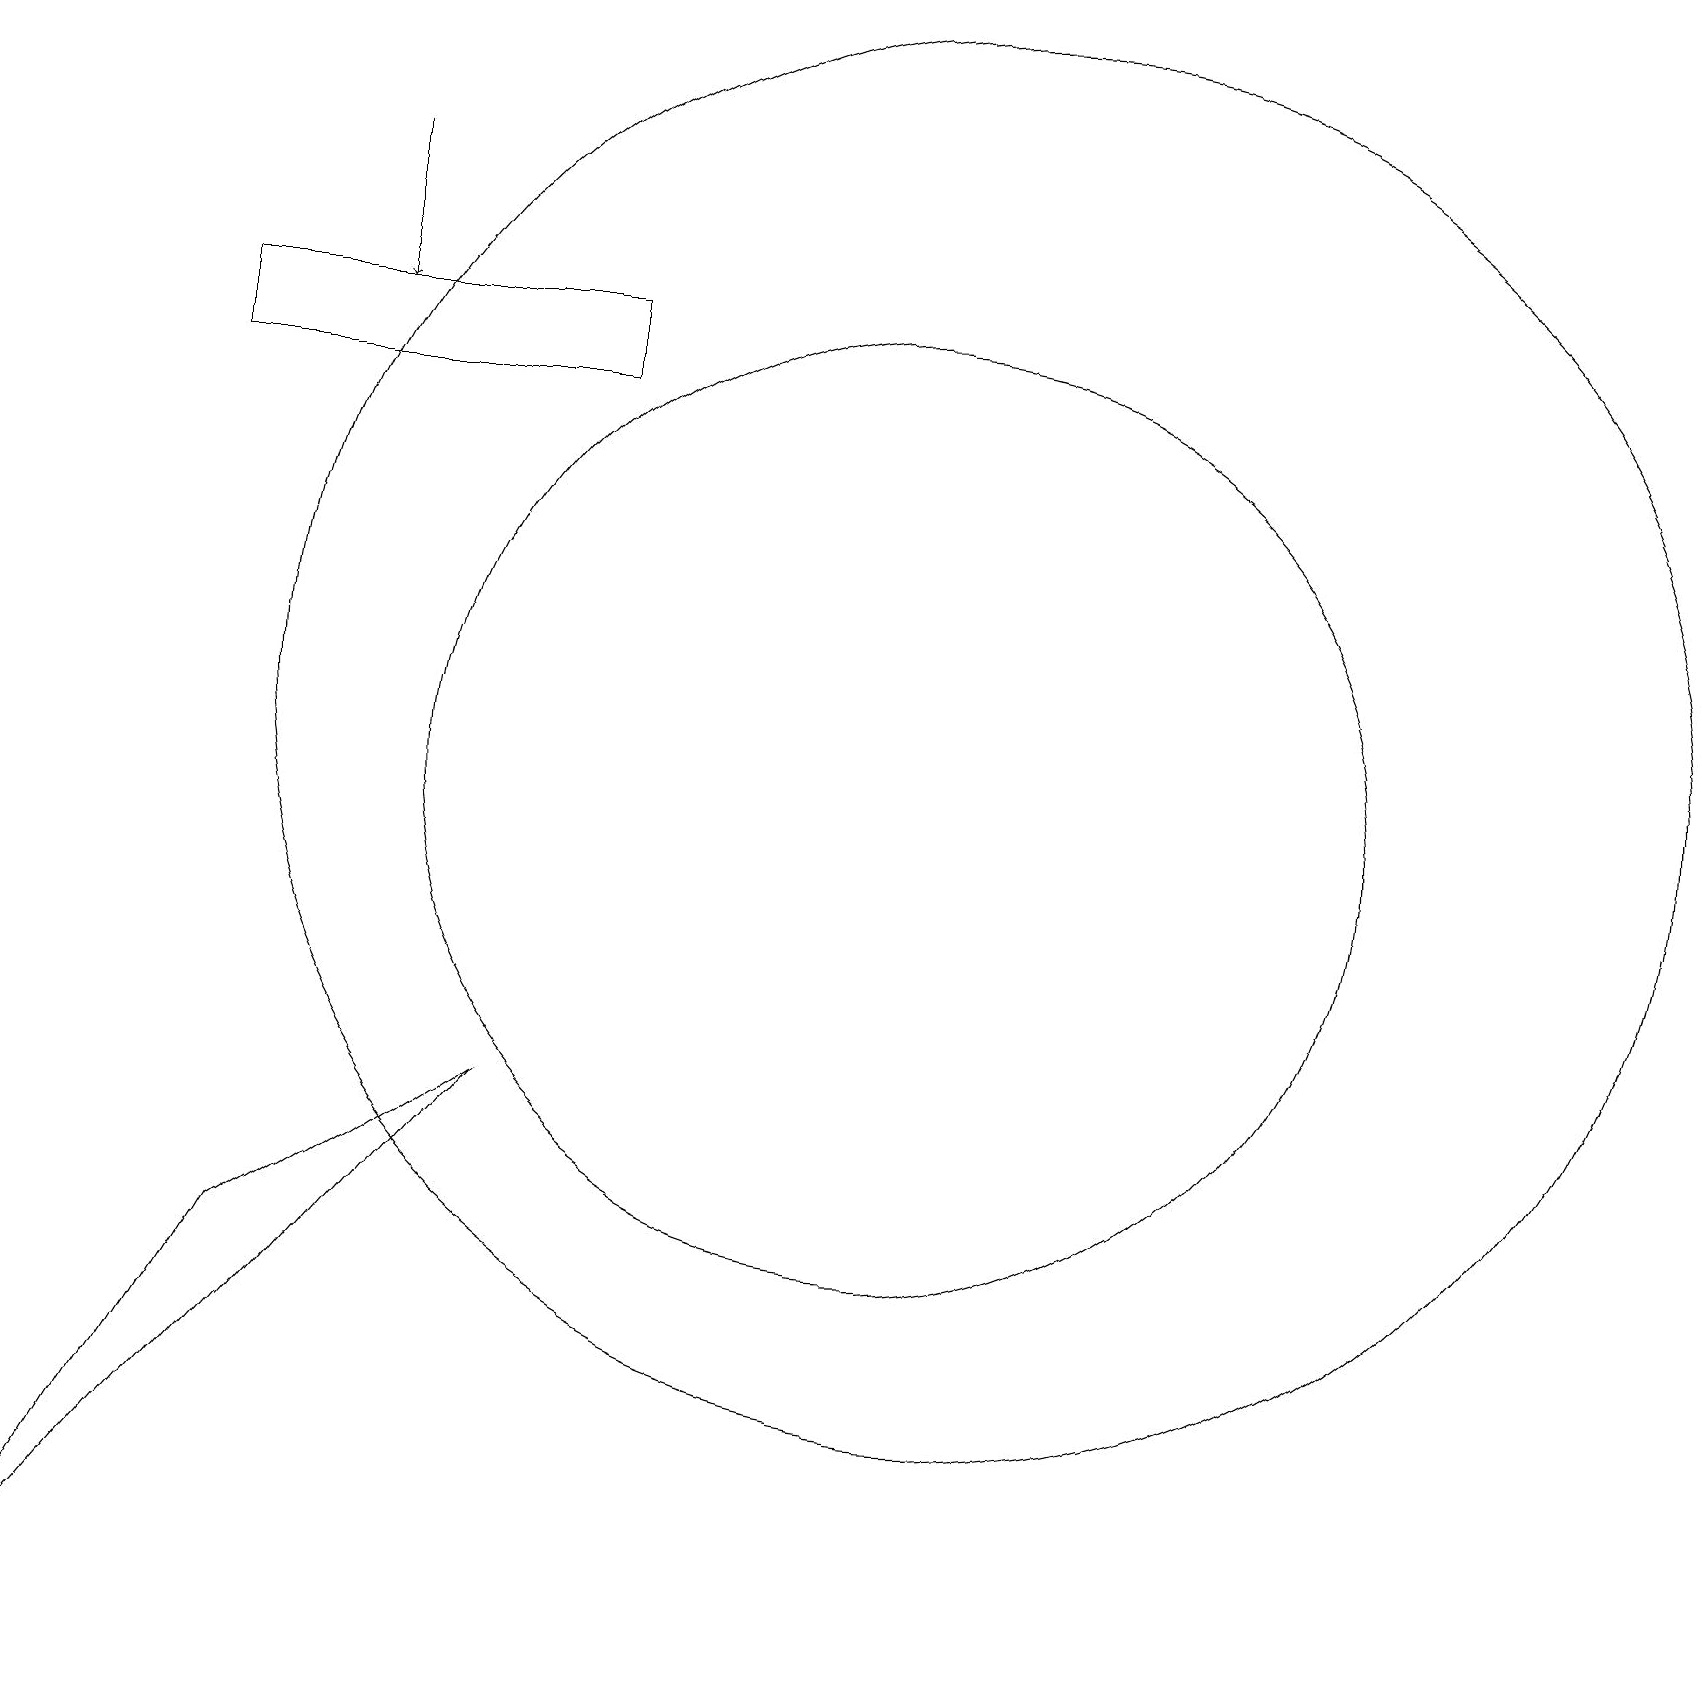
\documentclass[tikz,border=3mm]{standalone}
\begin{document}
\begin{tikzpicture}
\draw (11,11) circle (6);
\draw[->] (4,19) -- (4,17);
\draw (12,12) circle (9);
\draw (0,0) -- (3,5) -- (6,7) -- cycle;
\draw (2,16) rectangle (7,17);
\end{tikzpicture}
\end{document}